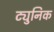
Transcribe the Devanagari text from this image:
ट्युनिक